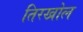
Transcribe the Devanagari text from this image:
तिरखोल